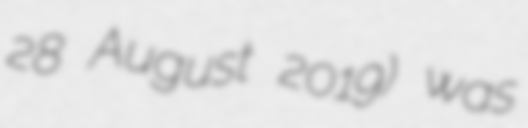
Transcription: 28 August 2019) was